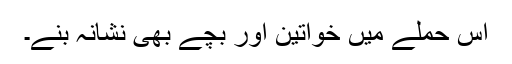
اس حملے میں خواتین اور بچے بھی نشانہ بنے۔